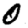
Digit: 0